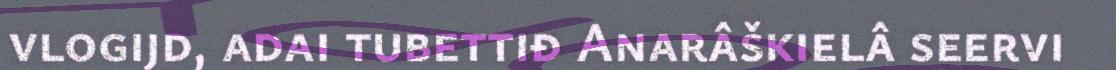
vlogijd, adai tubettiđ Anarâškielâ seervi